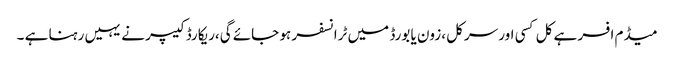
میڈم افسر ہے کل کسی اور سرکل ،زون یا بورڈ میں ٹرانسفر ہو جائے گی،ریکارڈ کیپر نے یہیں رہنا ہے ۔